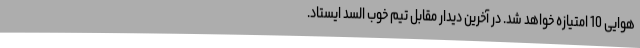
هوایی 10 امتیازه خواهد شد. در آخرین دیدار مقابل تیم خوب السد ایستاد.